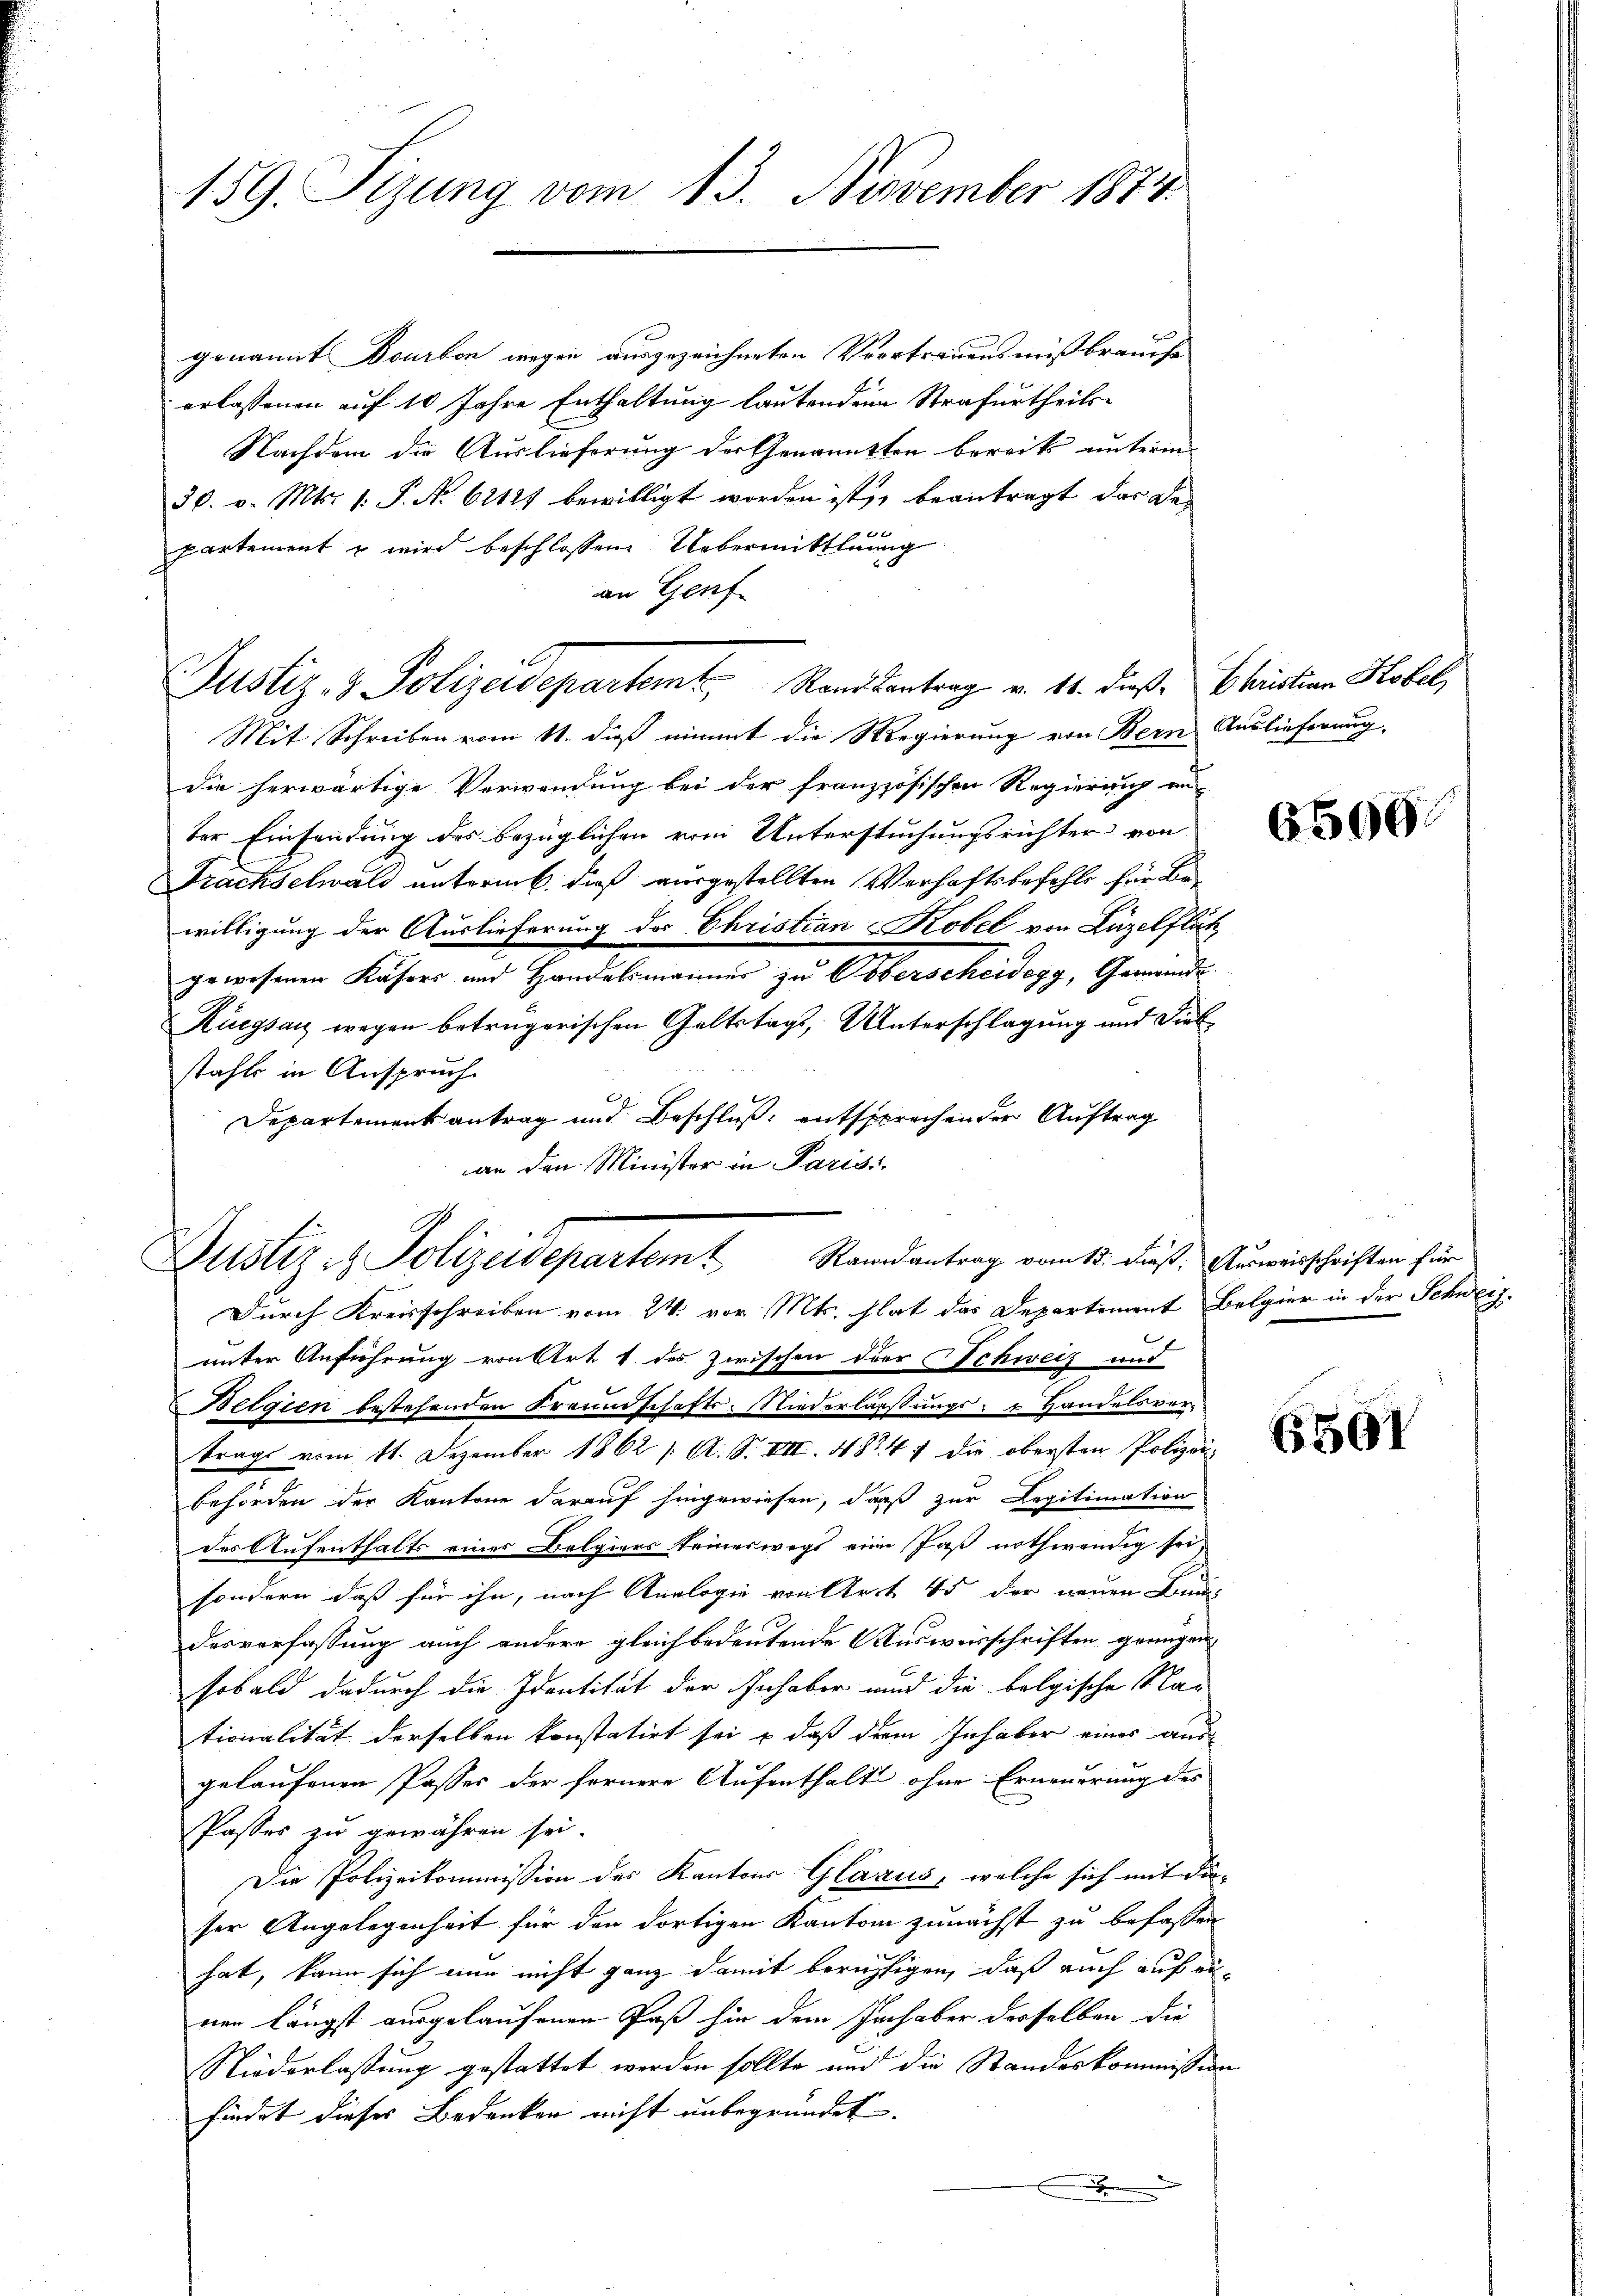
159. Sizung vom 13. November 1874.

genannt Bourben wegen ausgezeichneten Vertrauensmißbrauche
erlassenen auf 10 Jahre Enthaltung lautenden Strafurtheils-
Nachdem die Auslieferung der Genannten bereits unterm
30. v. Mts. 1. P. No. 62121 bewilligt worden ist, beantragt das der
 xx
partement u wird beschlossen. Uebermittlung
an Genf
Justiz- & Polizeidepartemt, Standsantrag v. 14. Dieß Christian Hotel,
Mit Schreiben vom 11. daß nimmt die Regierung von Bern Auslieferung,
die herwärtige Verwendung bei der französischen Regierung an
ter Einsendung des bezüglichen vom Unterstuchungsrichter von
Frachselwald unterm 6. dieß ausgestellten Verhaftsbefehle für Bewilligung der Auslieferung des Christian Kobel von Luzelflüh
gewesenen Kasers und Handelsmannes zu Oberscheidegg, Gemeinde
Rüegsau wegen betrügerischen Geltstags, Unterschlagung und Diel
stahle in Anspruch.
Departementantrag und Beschluß, entsprechenden Auftrag
an den Minister in Paris

Düster- & Polizeidepartem Randantrag vom 15. dß. Ausweisschriften für

Durch Kreisschreiben vom 24. vor Mts. hat das Departiment Belgier in der Schweiz.
unter Anführung von Art. 1. des zwischen der Schweiz und
Belgien bestehenden Freundschafts-Niederlassŭngs- & Handelsvertrags vom 11. Dezember 1862 /: A. S. VIII. 4824. die obersten Polizei-
behörden der Kantone darauf hingewiesen, daß zur Legitimation
des Aufenthalts eines Belgiers keineswegs eine Jas nothwendig sei,
sondern daß für ihn, nach Analogie von Art. 45 der neuen Baudesverfassung auch andere gleichbedeutende Ausweisschriften genügen
sobald dadurch die Identität der Inhaber und die folgische Nac
tionalität derselben konstatirt sei & daß dem Inhaber einer ausgelaufenen Passer der fernere Aufenthalt ohne Erneuerung des
Passes zu gewähren sei.
Die Polizeikommission des Kantons Glarus, welche sich mit die-
ser Angelegenheit für den dortigen Kantone zunächst zu befassen
hat, kann sich eine nicht ganz damit beruhigen, daß auch auf einen längst ausgelaufenen Paß hin dem Joch aber derselben die
Niederlassung gestattet werden sollte und die Standeskommission
findet dieses Bedenken nicht unbegründet.
.

6509.

6501